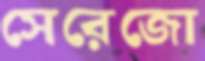
সেরেজো